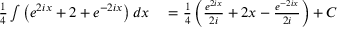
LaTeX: \begin{array} { r l } { { \frac { 1 } { 4 } } \int \left( e ^ { 2 i x } + 2 + e ^ { - 2 i x } \right) d x } & { { } = { \frac { 1 } { 4 } } \left( { \frac { e ^ { 2 i x } } { 2 i } } + 2 x - { \frac { e ^ { - 2 i x } } { 2 i } } \right) + C } \end{array}